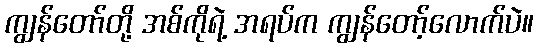
ကျွန်တော်တို့ အစ်ကိုရဲ့ အရပ်က ကျွန်တော့်လောက်ပဲ။